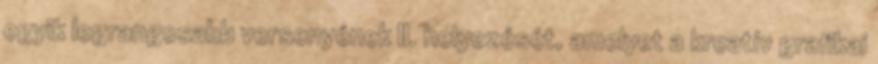
egyik legrangosabb versenyének II. helyezését, amelyet a kreatív grafikai